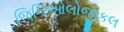
જિનિઓલોજીકલ